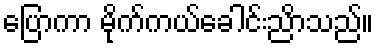
ပြောကာ မိုက်ကယ်ခေါင်းညိာသည်။